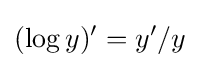
(\log y)'=y'/y